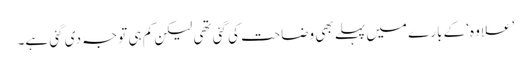
’علاوہ‘ کے بارے میں پہلے بھی وضاحت کی گئی تھی لیکن کم ہی توجہ دی گئی ہے۔